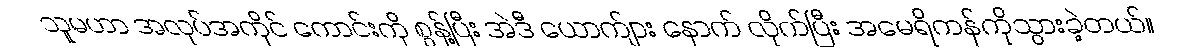
သူမဟာ အလုပ်အကိုင် ကောင်းကို စွန့်ပြီး အဲဒီ ယောက်ျား နောက် လိုက်ပြီး အမေရိကန်ကိုသွားခဲ့တယ်။